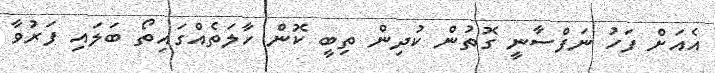
އެއަށް ފަހު ނަފްސާނީ ގޮތުން ކުދިން ތިބީ ކޮން ހާލަތެއްގައިތޯ ބަލައި ފަރުވާ